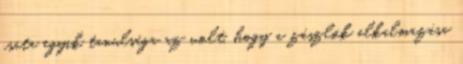
csata egyik tanulsága az volt, hogy a zászlók alkalmazása